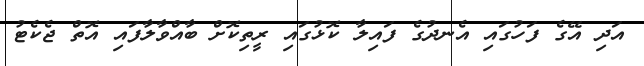
އަދި އޭގެ ފަހުގައި އެނދުގެ ފައިލާ ކޮޅުގައި ރީތިކޮށް ބާއްވާލާފައި އޮތް ޖެކެޓު